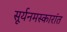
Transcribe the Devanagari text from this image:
सूर्यनमस्कारांत